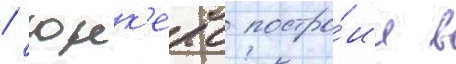
/ юнк'ерс постро́ил в